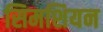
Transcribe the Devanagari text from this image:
सिमशियन